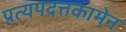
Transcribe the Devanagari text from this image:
प्रत्यपदत्तकामेन